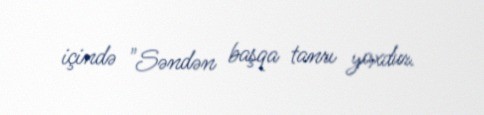
içində "Səndən başqa tanrı yoxdur.